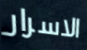
الاسرار